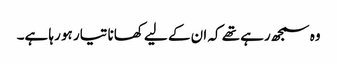
وہ سمجھ رہے تھے کہ ان کے لیے کھانا تیار ہو رہا ہے۔